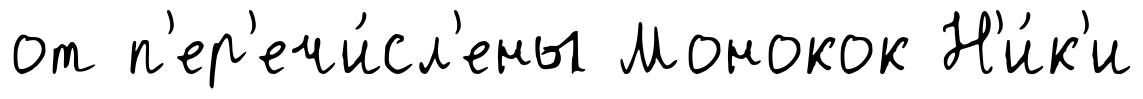
от п'ер'ечи́сл'ены Монокок Н'и́к'и